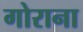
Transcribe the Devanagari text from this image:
गोराना